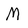
Character: M